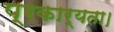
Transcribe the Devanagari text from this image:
प्रकार्यता।